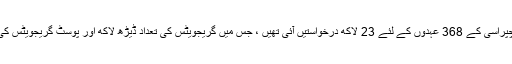
چند سال قبل اترپردیش میں چپراسی کے 368 عہدوں کے لئے 23 لاکھ درخواستیں آئی تھیں ، جس میں گریجویٹس کی تعداد ڈیڑھ لاکھ اور پوسٹ گریجویٹس کی پچیس ہزار کے قریب تھی۔